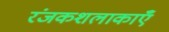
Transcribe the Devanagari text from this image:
रंजकशलाकाएँ